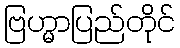
ဗြဟ္မာပြည်တိုင်